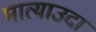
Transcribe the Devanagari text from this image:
मात्याउदा